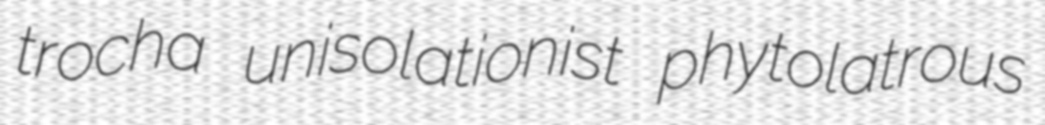
trocha unisolationist phytolatrous